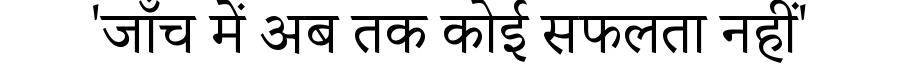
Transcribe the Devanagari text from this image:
'जाँच में अब तक कोई सफलता नहीं'